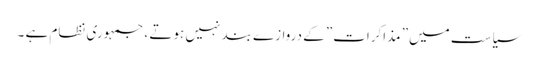
سیاست میں” مذاکرات” کے دروازے بند نہیں ہوتے ، جمہوری نظام ہے ۔